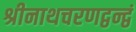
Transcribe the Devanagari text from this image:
श्रीनाथचरणद्वन्द्वं